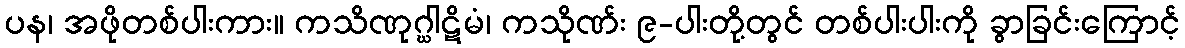
ပန၊ အဖိုတစ်ပါးကား။ ကသိဏုဂ္ဃါဋိမံ၊ ကသိုဏ်း ၉-ပါးတို့တွင် တစ်ပါးပါးကို ခွာခြင်းကြောင့်